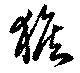
猴